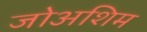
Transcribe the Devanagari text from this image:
जोअशिम